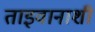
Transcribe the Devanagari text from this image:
ताइवानाशी